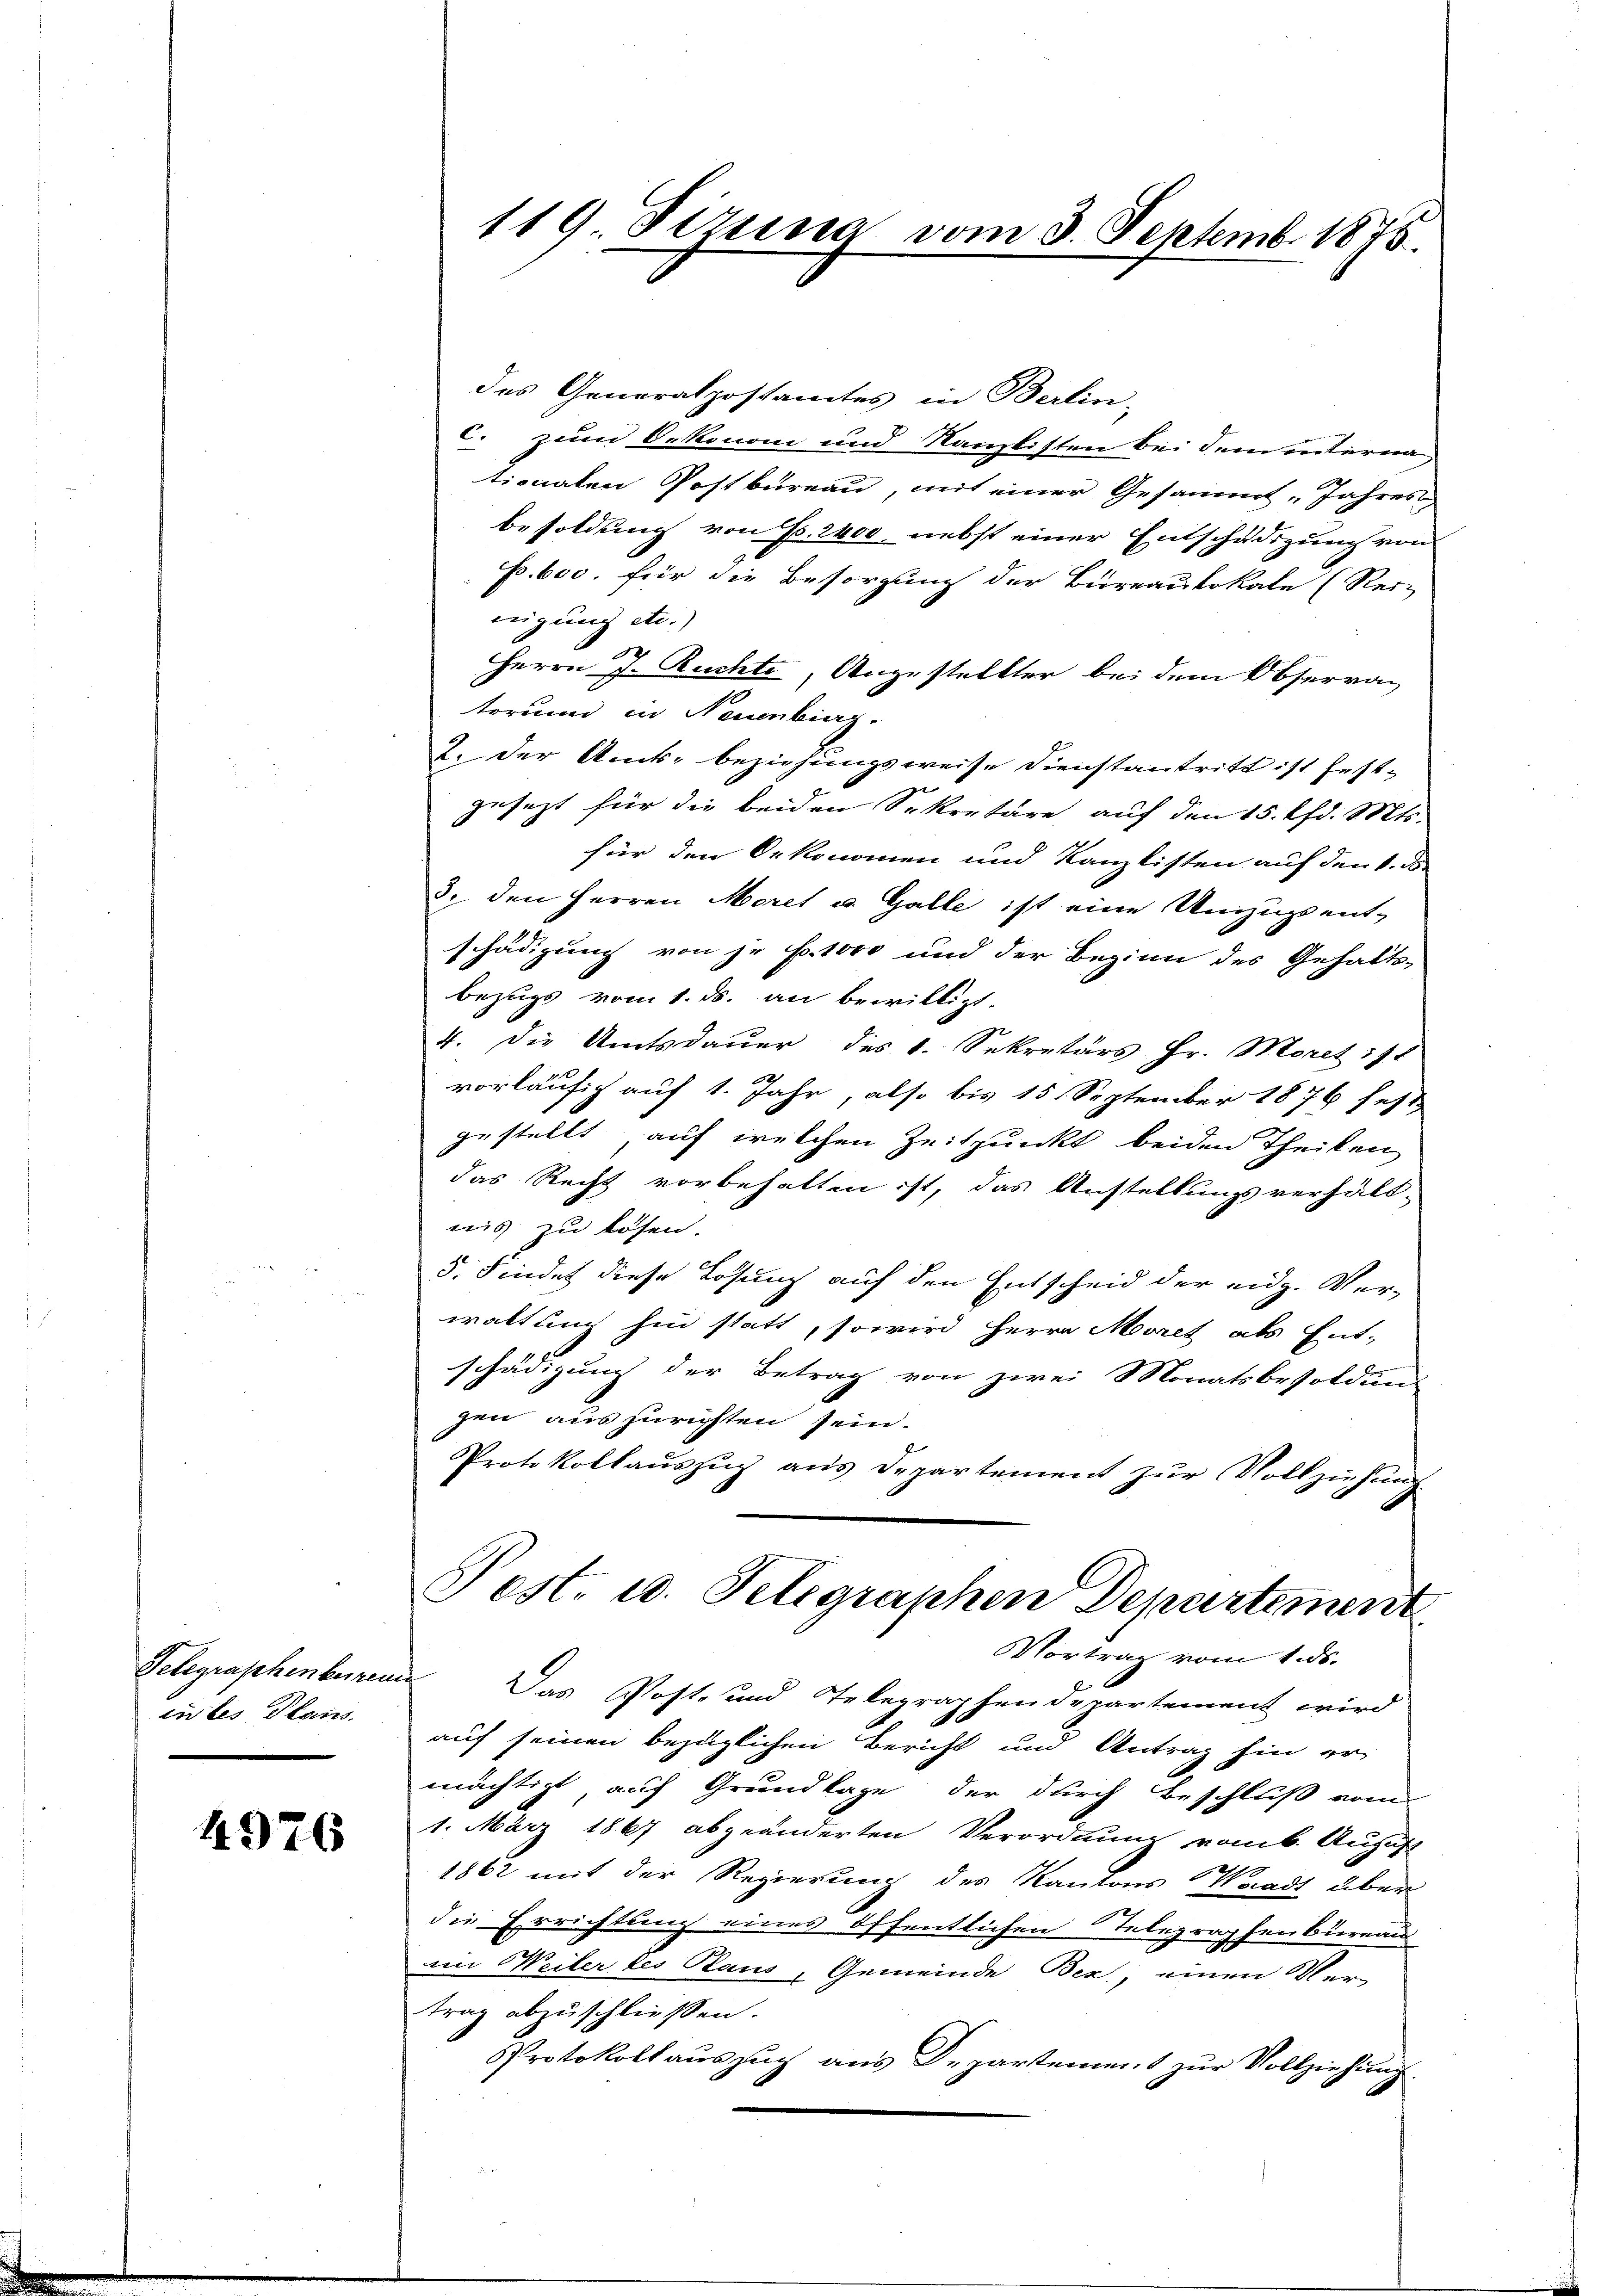
in des Plans.

4976

119 Pizuna vom 3. Septemb. 1875.

des Generalpostamtes in Berlin-
c. zum Oekonom und Kanzlisten bei dem internationalen Postbureau, mit einer Gesammt, Jahres,
besoldung von Fr. 2400 nebst einer Entschädigung von
p. 600. für die Besorgung der Bureaulokale (Reiz
neigung etc.)
Herrn J. Ruchte, Angestellter bei dem Observan
torum in Neuenkieg.
2. der Amts- beziehungsweise Dienstantritt ist festgesezt für die beiden Sekretäre, auf den 15. Chr. Mts.
für den Oekonomen und Kanzlisten auf den 1. d
3. den Herren Moret u. Galle ist eine Umzugs ent-
schädigung von je f. 1000 und der Bezinn des Gehalts-
bezugs vom 1. ds. an bewilligt.
4. Die Amtsdauer des 1. Sekretärs Hr. Moret ist
vorläufig auf 1. Jahr, also bis 15. September 1876 fest
gestellt, auf welchen Zeitpunkt beiden Theilen
das Recht vorbehalten ist, das Anstellungsverhält-
nis zu lösen.
5. Findet diese Lösung auf den Entscheid der eidg. Verwaltung hin statt, so wird Herrn Meoret als Ent-
schädigung der Betrag von zwei Monatsbesoldung
gen auszurichten sein.
Protokollauszug aus Departement zur Vollziehung.
Pest. 10. Telegraphen Departement
Vortrag vom 1. ds.
Gelegraphenberende Das Post- und Telegraphendepartement wird
auf seinen bezüglichen Bericht und Antrag hin er
mächtigt, auf Grundlage der durch Beschluß vom
1. März 1867 abgeänderten Verordnung vom 6. August
1862 mit der Regierung des Kantons Waadt über
die Errichtung eines öffentlichen Telegraphenbureau
em Weiler des Plaus, Gemeinde Bez, einen Ver-
trag abzuschließen.
Protokoll auszug aus Departement zur Vollziehung